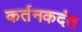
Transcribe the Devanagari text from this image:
कर्तनकदंत